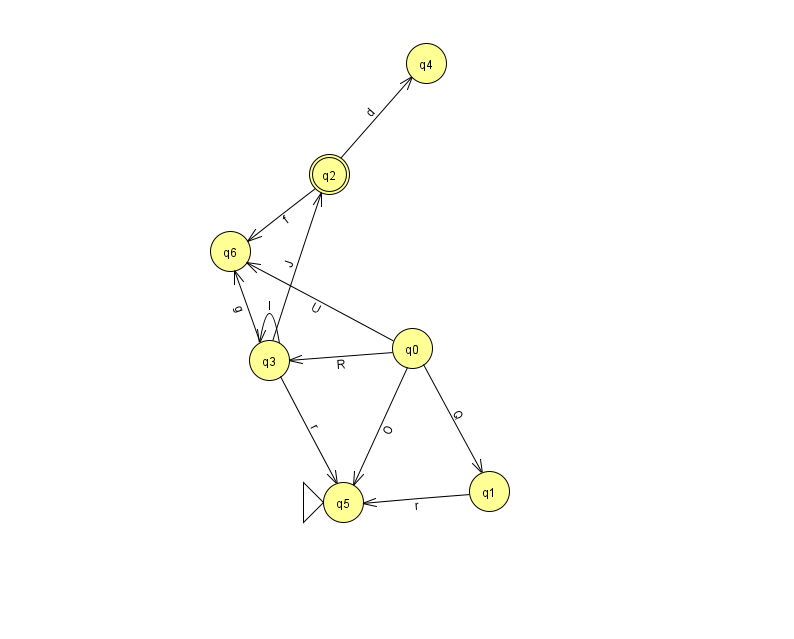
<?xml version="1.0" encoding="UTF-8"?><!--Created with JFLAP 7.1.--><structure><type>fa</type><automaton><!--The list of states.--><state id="0" name="q0"><x>412.0</x><y>335.0</y></state><state id="1" name="q1"><x>489.0</x><y>478.0</y></state><state id="2" name="q2"><x>329.0</x><y>161.0</y><final/></state><state id="3" name="q3"><x>269.0</x><y>347.0</y></state><state id="4" name="q4"><x>426.0</x><y>50.0</y></state><state id="5" name="q5"><x>343.0</x><y>489.0</y><initial/></state><state id="6" name="q6"><x>230.0</x><y>238.0</y></state><!--The list of transitions.--><transition><from>3</from><to>6</to><read>g</read></transition><transition><from>2</from><to>6</to><read>f</read></transition><transition><from>1</from><to>5</to><read>r</read></transition><transition><from>0</from><to>5</to><read>O</read></transition><transition><from>0</from><to>3</to><read>R</read></transition><transition><from>0</from><to>6</to><read>U</read></transition><transition><from>0</from><to>1</to><read>Q</read></transition><transition><from>3</from><to>2</to><read>J</read></transition><transition><from>3</from><to>3</to><read>l</read></transition><transition><from>3</from><to>5</to><read>r</read></transition><transition><from>2</from><to>4</to><read>d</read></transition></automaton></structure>